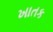
ખાતક